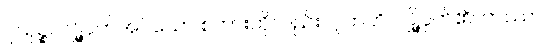
ဂုယှဉ္စ၊ လျှို့ဝှက်အပ်သော စကားကိုလည်း။ ဂူဟတိ၊ လျှို့ဝှက်၏။ တဿ၊